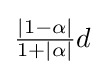
{\tfrac {|1-\alpha |}{1+|\alpha |}}d